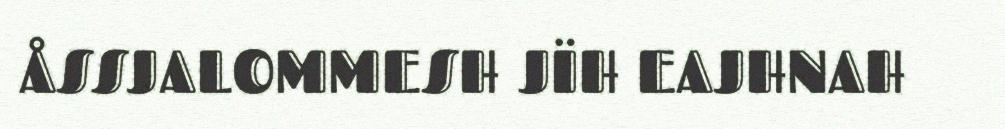
ÅSSJALOMMESH JÏH EAJHNAH